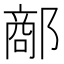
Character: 𨝗